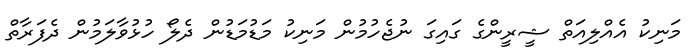
މަނިކު އެއްލިއަތް ޝީރީންގެ ގައިގަ ނުޖެހުމުން މަނިކު މަޑުމަޑުން ދެލޯ ހުޅުވާލަމުން ދެފަރާތް